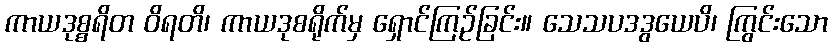
ကာယဒုစ္စရိတ ဝိရတိ၊ ကာယဒုစရိုက်မှ ရှောင်ကြဉ်ခြင်း။ သေသပဒဒွယေပိ၊ ကြွင်းသော